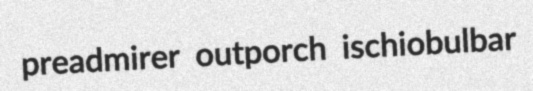
preadmirer outporch ischiobulbar